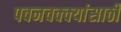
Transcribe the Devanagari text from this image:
पवनचक्क्यांसाठी